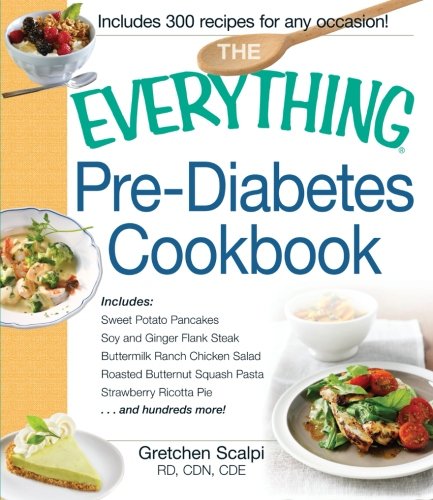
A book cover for The Everything Pre-Diabetes Cookbook: Includes Sweet Potato Pancakes, Soy and Ginger Flank Steak, Buttermilk Ranch Chicken Salad, Roasted Butternut ... Strawberry Ricotta Pie ...and hundreds more!; Gretchen Scalpi; Cookbooks, Food & Wine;